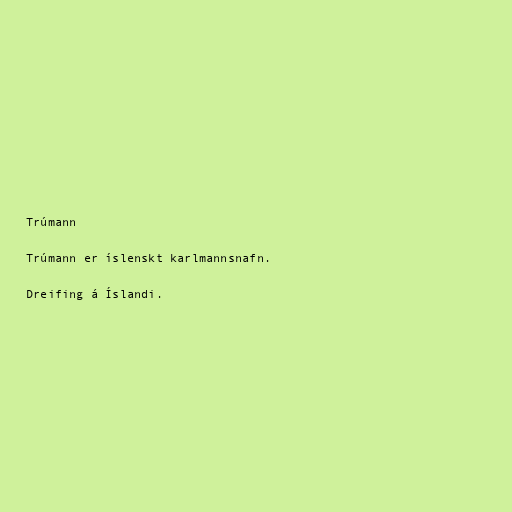
Trúmann

Trúmann er íslenskt karlmannsnafn.

Dreifing á Íslandi.